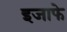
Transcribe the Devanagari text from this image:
इजाफे